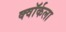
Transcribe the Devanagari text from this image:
क्वॉर्कला